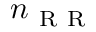
n _ { \mathrm { ~ R ~ R ~ } }